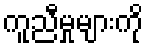
ကူညီမှုများကို